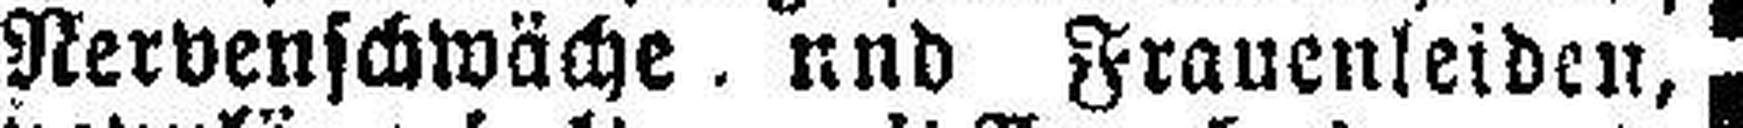
Nervenschwäche und Frauenleiden,